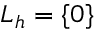
L _ { h } = \{ 0 \}